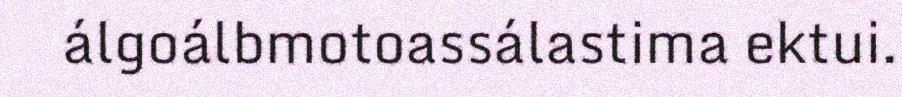
álgoálbmotoassálastima ektui.